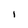
Character: I